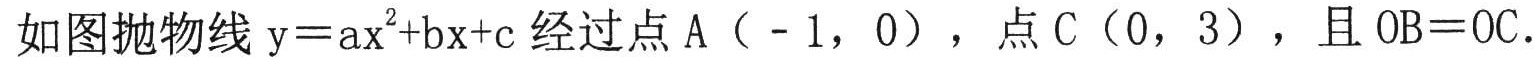
如图抛物线$\mathrm{y}=a\mathrm{x}^{2}+b\mathrm{x}+c$经过点A（$-1$，0），点C（0，3），且$\mathrm{O}\mathrm{B}=\mathrm{O}\mathrm{C}$.